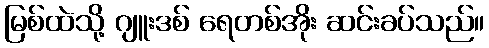
မြစ်ထဲသို့ ဂျူးဒစ် ရေတစ်အိုး ဆင်းခပ်သည်။